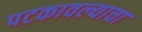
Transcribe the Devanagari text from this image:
पटकावल्याचा